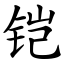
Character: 铠